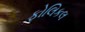
ફોલિકલ